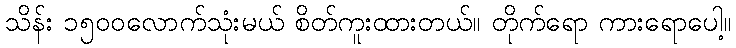
သိန်း ၁၅၀၀လောက်သုံးမယ် စိတ်ကူးထားတယ်။ တိုက်ရော ကားရောပေါ့။